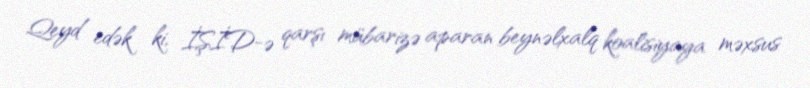
Qeyd edək ki, İŞİD-ə qarşı mübarizə aparan beynəlxalq koalisiyaya məxsus